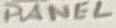
Text: PANEL